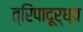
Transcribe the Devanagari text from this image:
त्रिपादूर्ध्व